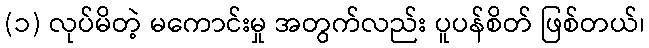
(၁) လုပ်မိတဲ့ မကောင်းမှု အတွက်လည်း ပူပန်စိတ် ဖြစ်တယ်၊